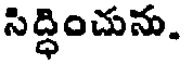
సిద్ధించును.